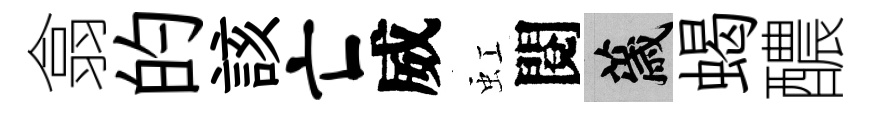
翕的該亡威虹閱薉蝎醲